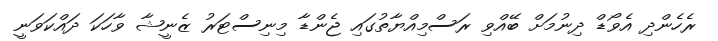
ރެހެންދި އެވޯޑް ދިނުމަށް ބޭއްވި ރަސްމިއްޔާތުގައި ޖެންޑާ މިނިސްޓަރު ޒެނީޝާ ވާހަކަ ދައްކަވަނީ